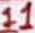
Text: 11